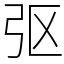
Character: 𫸩